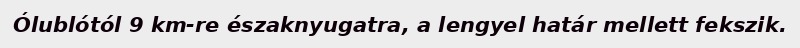
Ólublótól 9 km-re északnyugatra, a lengyel határ mellett fekszik.